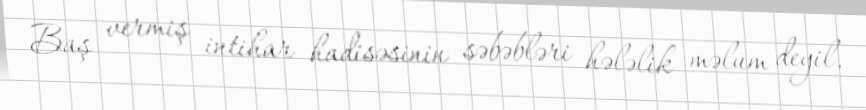
Baş vermiş intihar hadisəsinin səbəbləri hələlik məlum deyil.